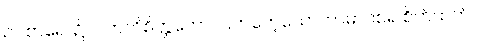
ဥပစာရေ၊ ၌။ ပကတိစိတ္တတော၊ ပြကတေ့သောကာမာဝစရ စိတ်ထက်။